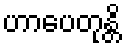
ဟာပေတုန္တိ